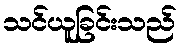
သင်ယူခြင်းသည်